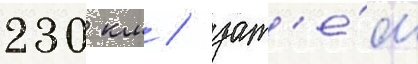
230 км / зат'е́м